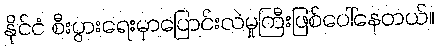
နိုင်ငံ စီးပွားရေးမှာပြောင်းလဲမှုကြီးဖြစ်ပေါ်နေတယ်။